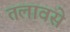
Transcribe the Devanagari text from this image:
तलावसे